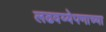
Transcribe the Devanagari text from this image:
लढवय्येपणाच्या